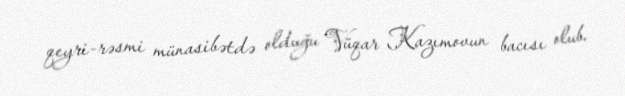
qeyri-rəsmi münasibətdə olduğu Vüqar Kazımovun bacısı olub.